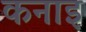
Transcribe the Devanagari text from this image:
कनाइ